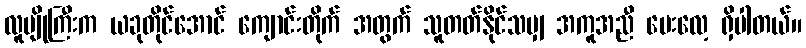
လူပျိုကြီးက ယခုတိုင်အောင် ကျောင်းတိုက် အတွက် သူတတ်နိုင်သမျှ အကူအညီ ပေးလေ့ ရှိပါတယ်။